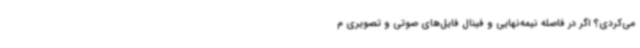
می‌کردی؟ اگر در فاصله نیمه‌نهایی و فینال فایل‌های صوتی و تصویری م